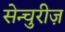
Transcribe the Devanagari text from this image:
सेन्चुरीज़